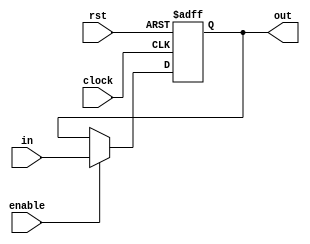
module Register_En( 
   input clock,
    input rst,
    input [31:0] in,
    input enable,
    output reg [31:0] out
    );
 
    always@(posedge clock or posedge rst) begin
        
        if(rst) out<=0; 
        else begin
            if(enable) out<=in;
        end
    end
endmodule